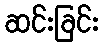
ဆင်းခြင်း